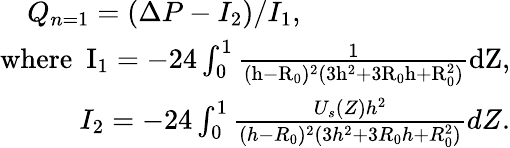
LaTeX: \begin{array}{r}{Q_{n=1}=(\Delta P-I_{2})/I_{1},~~~~~~~~~~~~~~~~~~~~~~~~~~~~~}\\ {\mathrm{{where}~~I_{1}=-24\int_{0}^{1}\frac{1}{(h-R_{0})^{2}(3h^{2}+3R_{0}h+R_{0}^{2})}dZ,}}\\ {I_{2}=-24\int_{0}^{1}\frac{U_{s}(Z)h^{2}}{(h-R_{0})^{2}(3h^{2}+3R_{0}h+R_{0}^{2})}dZ.}\end{array}